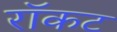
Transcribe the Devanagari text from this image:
रॉकट